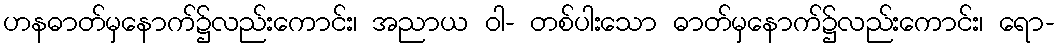
ဟနဓာတ်မှနောက်၌လည်းကောင်း၊ အညာယ ဝါ- တစ်ပါးသော ဓာတ်မှနောက်၌လည်းကောင်း၊ ရော-